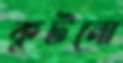
কুটনো